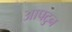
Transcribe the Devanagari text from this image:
आपटुन